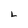
Character: 2